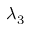
\lambda _ { 3 }